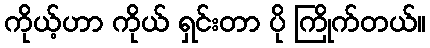
ကိုယ့်ဟာ ကိုယ် ရှင်းတာ ပို ကြိုက်တယ်။